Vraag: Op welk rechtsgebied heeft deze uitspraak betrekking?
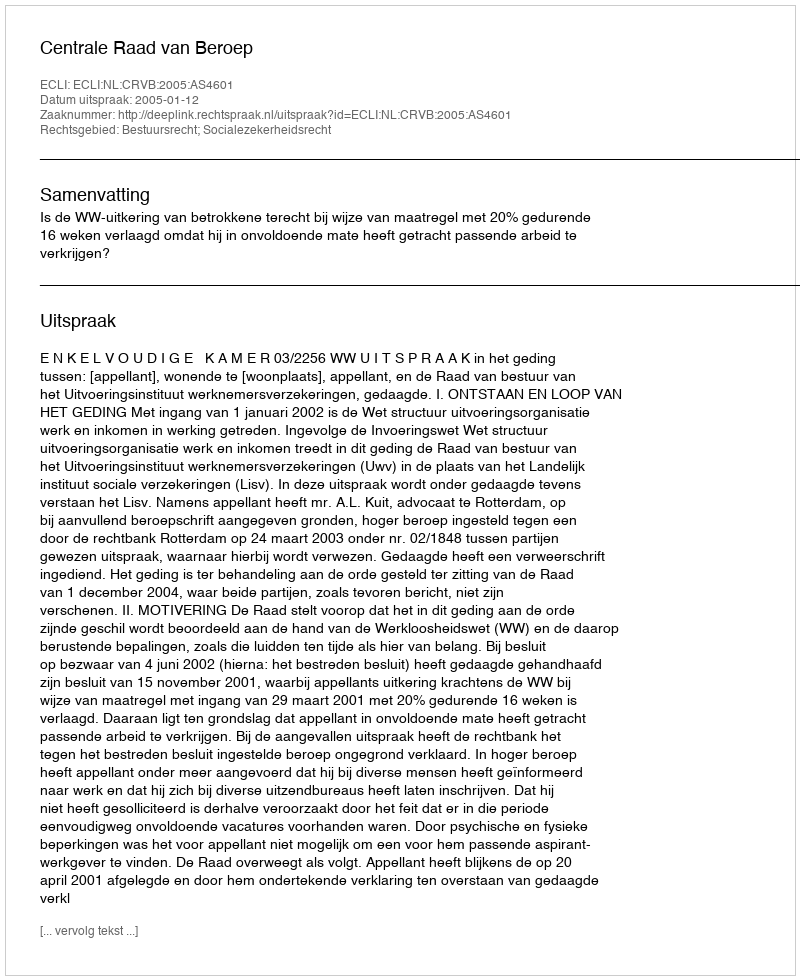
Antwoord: Bestuursrecht; Socialezekerheidsrecht